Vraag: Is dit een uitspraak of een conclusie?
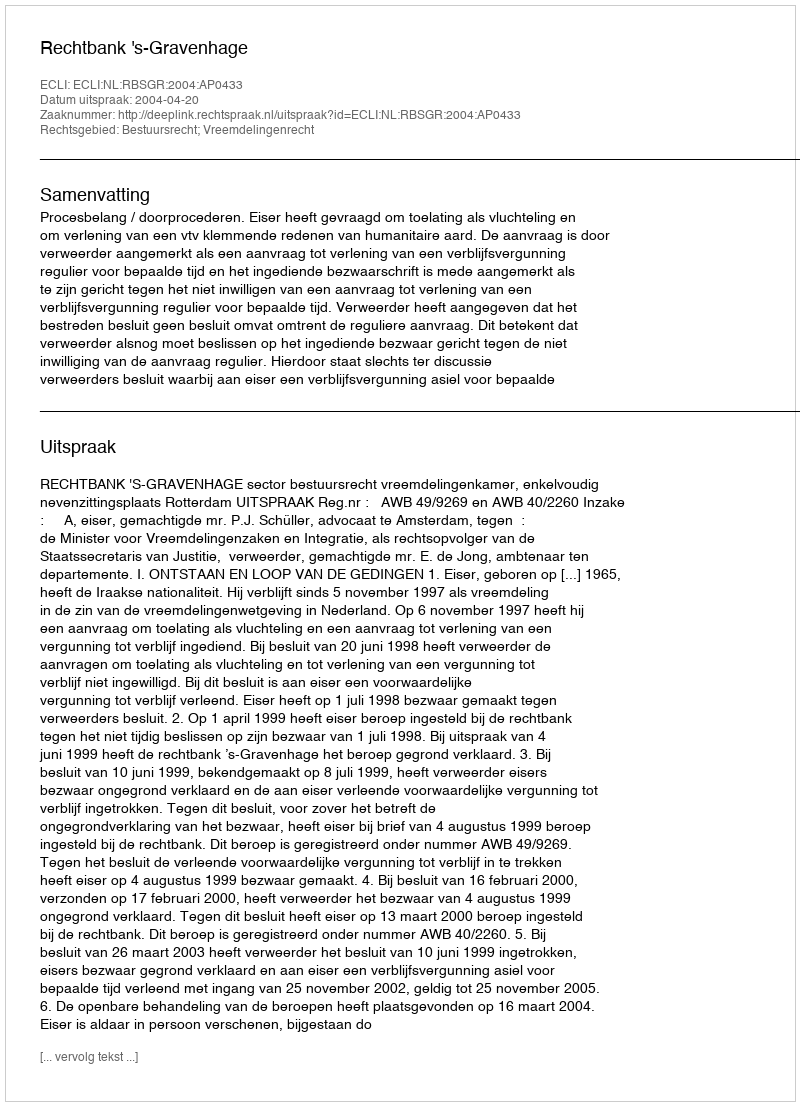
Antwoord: Uitspraak